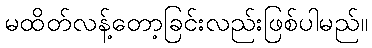
မထိတ်လန့်တော့ခြင်းလည်းဖြစ်ပါမည်။